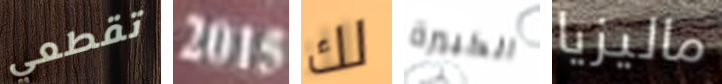
تقطعي 2015 لك الكبيرة ماليزيا